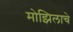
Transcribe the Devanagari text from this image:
मोझिलाचे